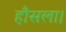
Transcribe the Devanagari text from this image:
हौसला।